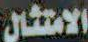
الامتثال